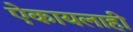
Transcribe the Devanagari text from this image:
ऐकायलाही